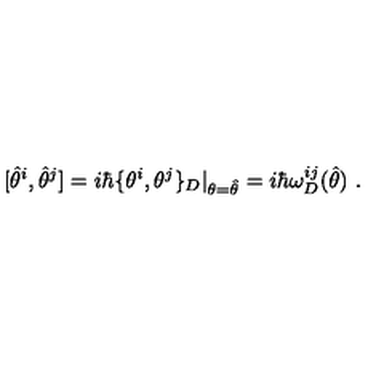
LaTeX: [ \hat { \theta } ^ { i } , \hat { \theta } ^ { j } ] = i \hbar \{ \theta ^ { i } , \theta ^ { j } \} _ { D } \vert _ { \theta = \hat { \theta } } = i \hbar \omega _ { D } ^ { i j } ( \hat { \theta } ) \ .